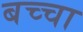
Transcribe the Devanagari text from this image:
बच्‍चा